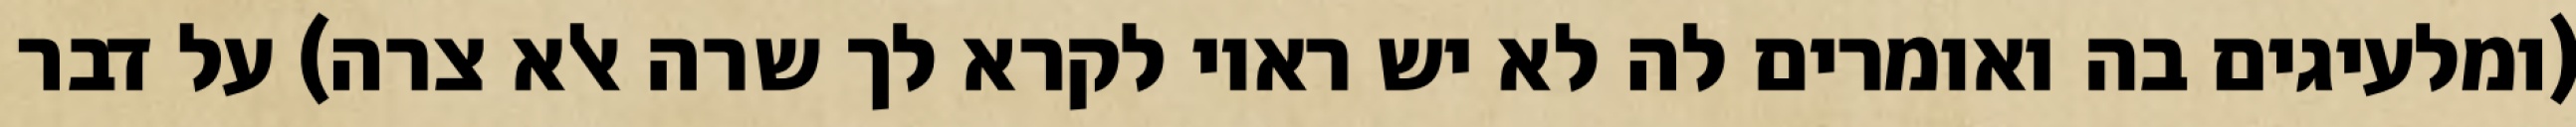
(ומלעיגים בה ואומרים לה לא יש ראוי לקרא לך שרה אלא צרה) על דבר